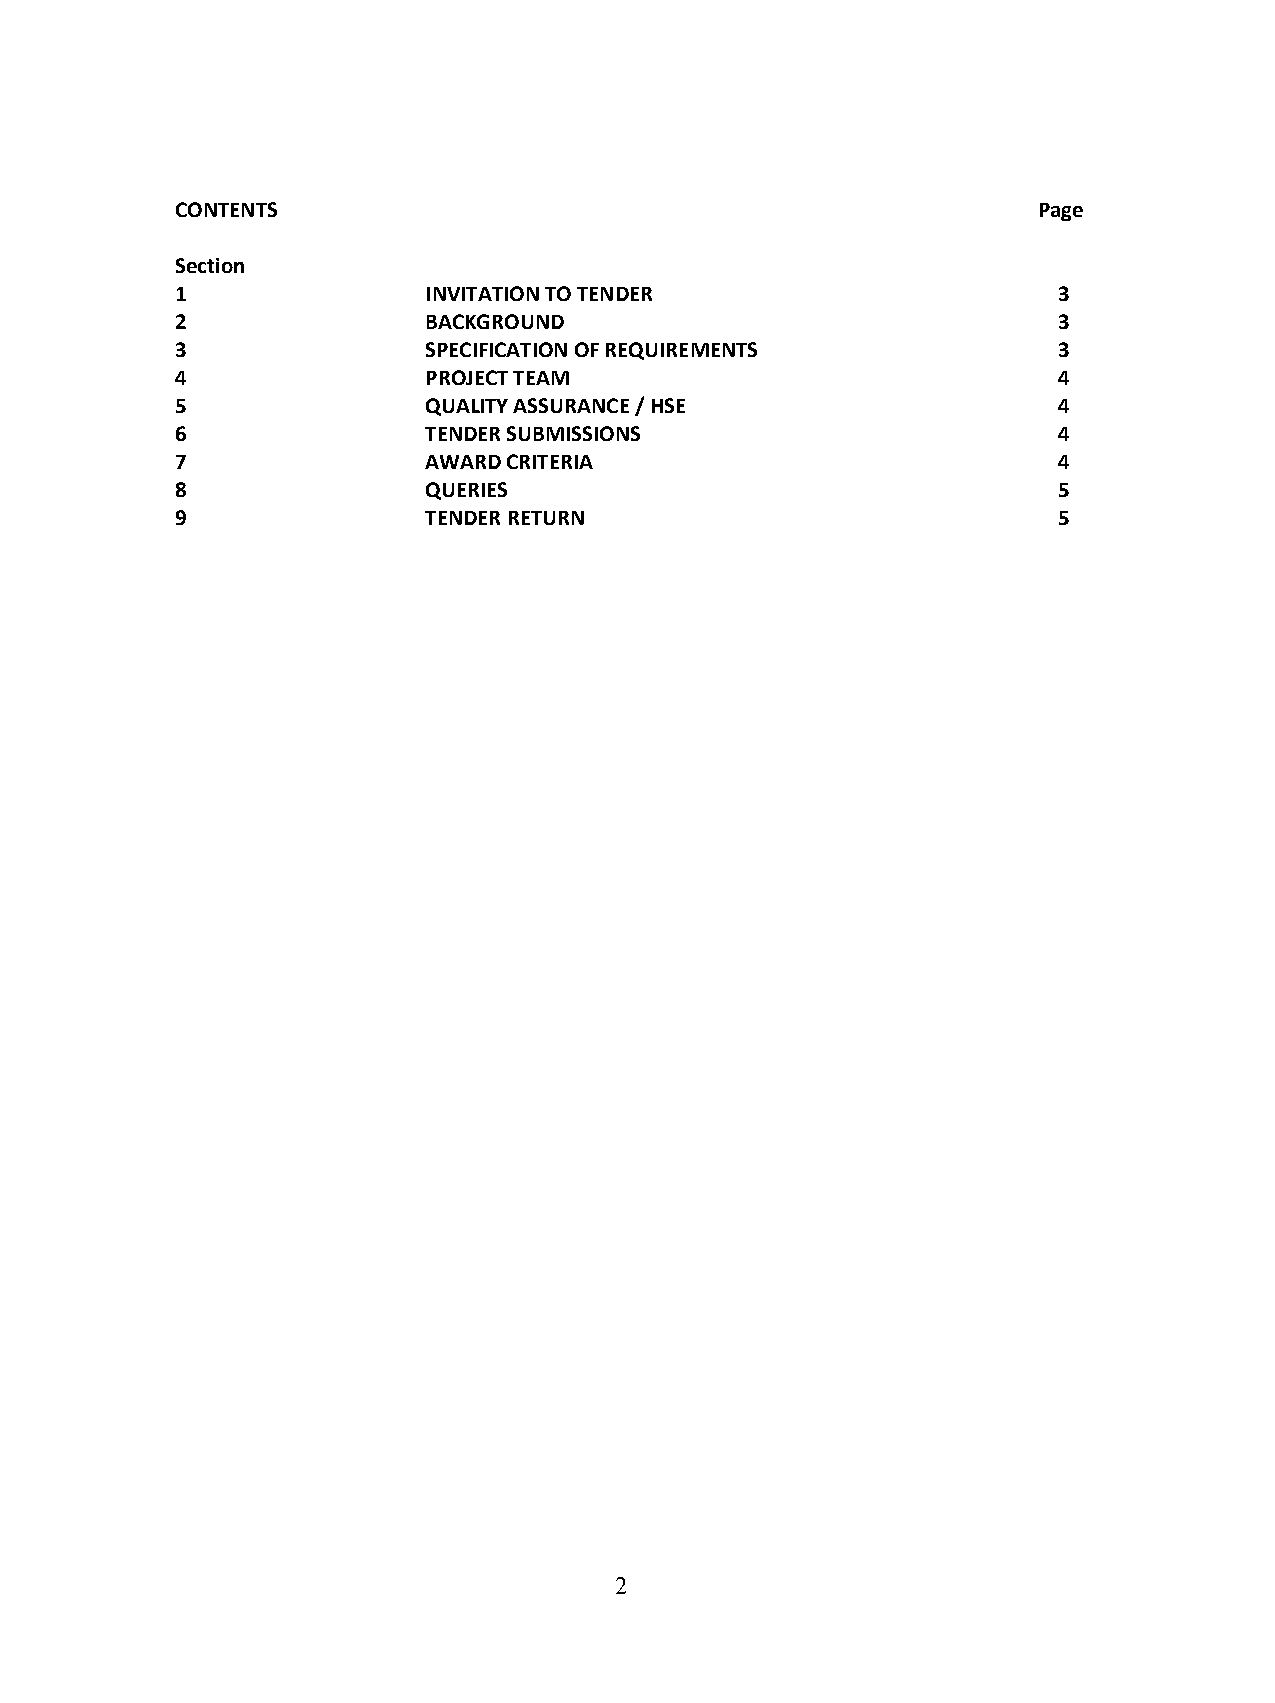
CONTENTS                                                 Page
 Section
 1               INVITATION TO TENDER                      3
 2               BACKGROUND                                3
 3               SPECIFICATION OF REQUIREMENTS             3
 4               PROJECT TEAM                              4
 5               QUALITY ASSURANCE / HSE                   4
 6               TENDER SUBMISSIONS                        4
 7               AWARD CRITERIA                            4
 8               QUERIES                                   5
 9               TENDER RETURN                             5
 2